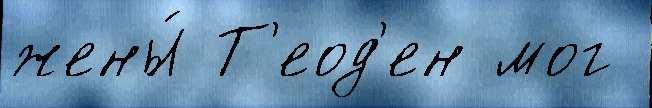
жены́ Т'еод'ен мог